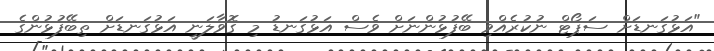
"އަޅުގަނޑަށް ސަޕޯޓް ނުކުރެއްވި ބޭފުޅުންނަށް ވެސް އަޅުގަނޑު މި ގޮވާލަނީ އަޅުގަނޑަށް ތިބޭފުޅުންގެ